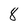
Character: 8